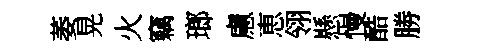
萎晃火竊瑯慮恵翎懸慢酷勝